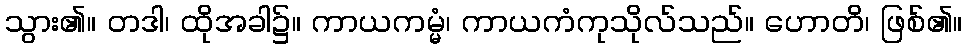
သွား၏။ တဒါ၊ ထိုအခါ၌။ ကာယကမ္မံ၊ ကာယကံကုသိုလ်သည်။ ဟောတိ၊ ဖြစ်၏။